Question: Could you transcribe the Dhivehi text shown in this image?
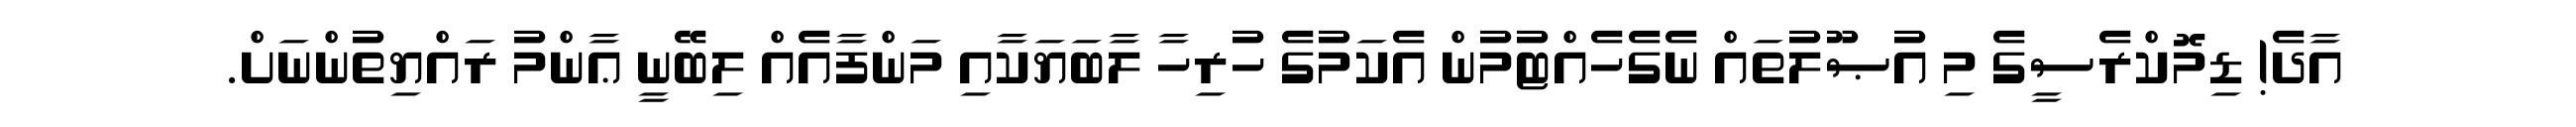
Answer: އާދެ! ޑިމޮކްރެސީގެ މި އުޞޫލުތައް ނެގެހެއްޓުމުން އެކަމުގެ ހުރިހާ ލާބަޔަކާއި މަންފާއެއް ލިބޭނީ ޢާންމު ރައްޔިތުންނަށް.